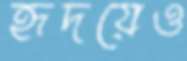
হৃদয়েও